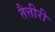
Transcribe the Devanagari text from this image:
तैत्तीरी